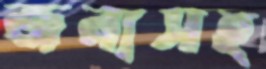
জন্যসহ